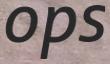
ops